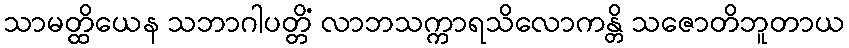
သာမတ္ထိယေန သဘာဂါပတ္တိံ လာဘသက္ကာရသိလောကန္တိ သဇောတိဘူတာယ